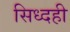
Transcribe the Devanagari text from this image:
सिध्दही